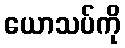
ယောသပ်ကို